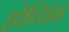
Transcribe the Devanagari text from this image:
होप्पिंग